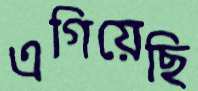
এগিয়েছি